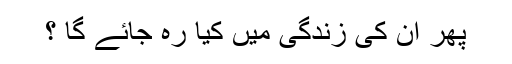
پھر اُن کی زندگی میں کیا رہ جائے گا ؟